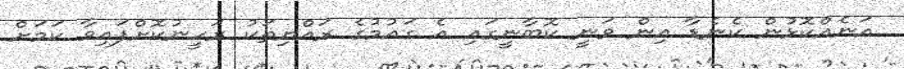
އަނެއްކޮޅުން ކެނެޑާ އިން ވަނީ ކޮބާނީގައި އެ ގައުމުގެ ރައްޔިތަކު ރަހީނުކޮށްފައިވާ ކަމަށް